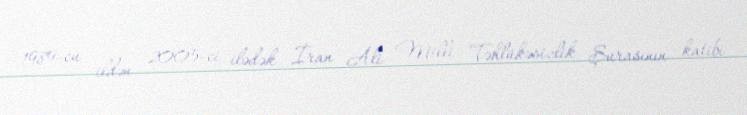
1989-cu ildən 2005-ci ilədək İran Ali Milli Təhlükəsizlik Şurasının katibi